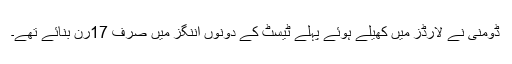
ڈومنی نے لارڈز میں کھیلے ہوئے پہلے ٹیسٹ کے دونوں اننگز میں صرف 17رن بنائے تھے۔